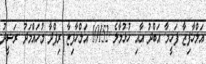
އަލްހާފިޒާ ފަހީމާ އަބްދު އާއި ހުޅުމާލެ 10152 އަލްހާފިޒާ ރިފްދާ މުހައްމަދު ރަޝީދު